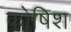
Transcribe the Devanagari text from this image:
कोषिश